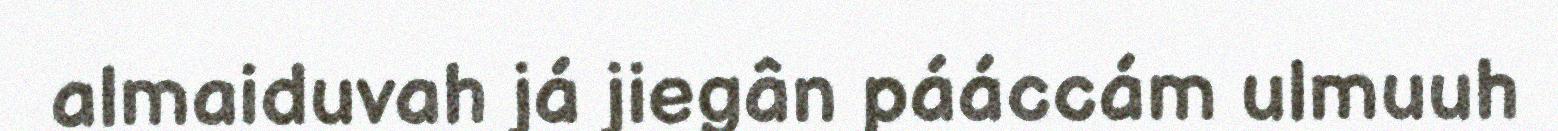
almaiduvah já jiegân pááccám ulmuuh